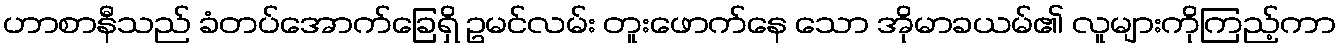
ဟာစာနီသည် ခံတပ်အောက်ခြေရှိ ဥမင်လမ်း တူးဖောက်နေ သော အိုမာခယမ်၏ လူများကိုကြည့်ကာ